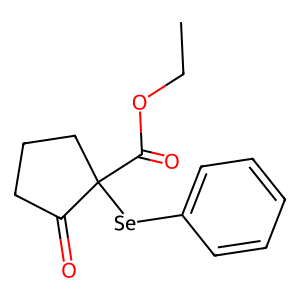
SMILES: CCOC(=O)C1([Se]c2ccccc2)CCCC1=O
Inhibits HIV replication: No